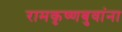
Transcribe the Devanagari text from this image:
रामकृष्णबुवांना